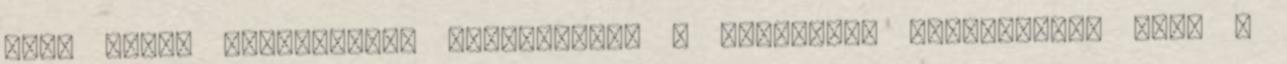
több darab készítésére kényszerít, a csoportok cseppfolyó- sak, a